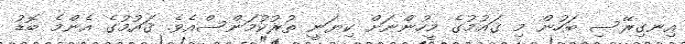
އިނގިރޭސި ބަހުން މި ޤައުމުގެ މީހުންނަށް ކިޔަނީ ތުރުކުމަންސްއެވެ. ޤައުމުގެ އެންމެ ބޮޑު